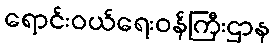
ရောင်းဝယ်ရေးဝန်ကြီးဌာန